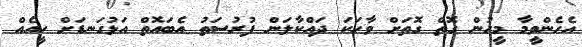
އެހެންވީމާ މީހުން ގޮތް ގޮތަށް ވާހަކަ ދައްކާލަން ފުރުސަތު އެބައޮތް އަޅުގަނޑަށް ހީއެއް